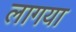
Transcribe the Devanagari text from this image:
लागया